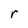
Character: r